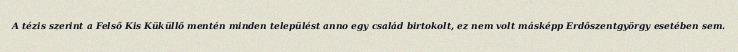
A tézis szerint a Felső Kis Küküllő mentén minden települést anno egy család birtokolt, ez nem volt másképp Erdőszentgyörgy esetében sem.